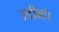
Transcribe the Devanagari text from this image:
नदीनां।